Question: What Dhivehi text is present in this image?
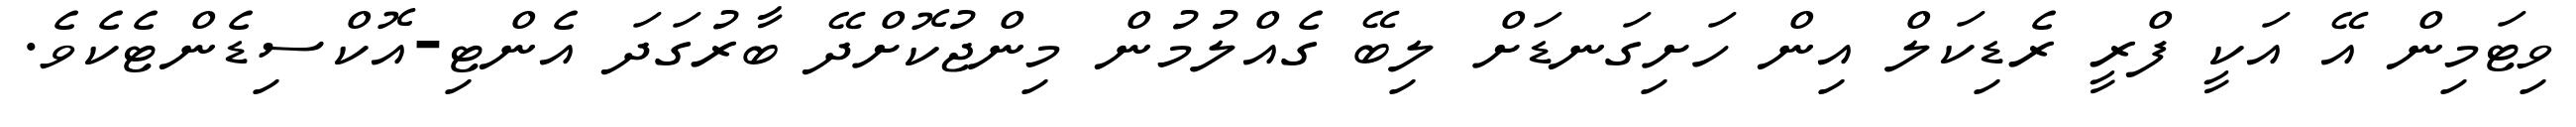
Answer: ވިޓަމިން އޭ އަކީ ފްރީ ރެޑިކަލް އިން ހަށިގަނޑަށް ލިބޭ ގެއްލުމުން މިންޖުކޮށްދޭ ބާރުގަދަ އެންޓި-އޮކްސިޑެންޓެކެވެ.